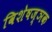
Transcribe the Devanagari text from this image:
विशेषज्ञक